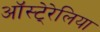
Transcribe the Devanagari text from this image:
ऑस्टे्रेलिया